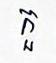
កួ